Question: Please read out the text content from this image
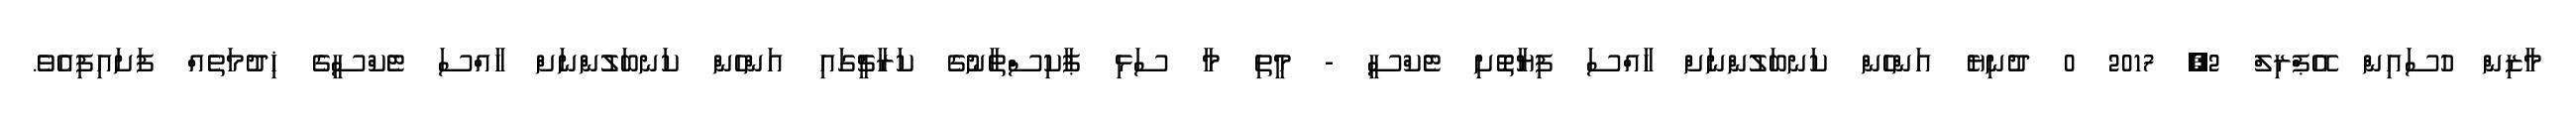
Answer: މާޒިން ހުސައިން އޭޕްރިލް 2, 2017 0 ދުނިޔެ އަންހެން ކަނބަލުންނަށް ހާއްސަ ފިޔާތޮށި ޓެކްސީ - މީތި މާ ސަޅި ޕާކިސްތާނުގެ ކަރާޗީގައި އަންހެން ކަނބަލުންނަށް ހާއްސަ ޓެކްސީގެ ޚިދުމަތެއް ފަށައިފިއެވެ.